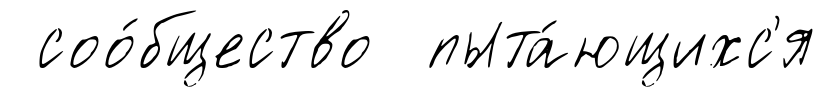
соо́бщество пыта́ющихс'я